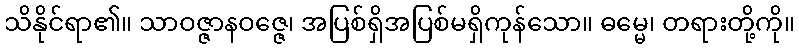
သိနိုင်ရာ၏။ သာဝဇ္ဇာနဝဇ္ဇေ၊ အပြစ်ရှိအပြစ်မရှိကုန်သော။ ဓမ္မေ၊ တရားတို့ကို။